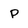
Character: P